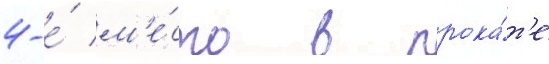
4-е́ м'е́сто в прока́т'е